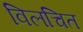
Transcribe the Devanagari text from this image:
विलचित